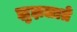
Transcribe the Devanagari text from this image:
झुझलाते